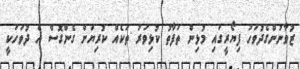
ޒުވާނުންގެދުވަހު ފިޔޯރީގައި މުޅިން ތަފާތު ކުޅިވަރު ތަކެއް ކުރިޔަށް ގެންގޮސް އެ ދުވަހަކީ